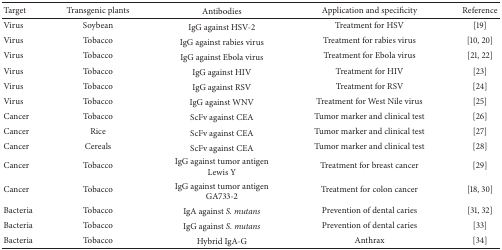
<table><thead><tr><td><b>Target</b></td><td><b>Transgenic plants</b></td><td><b>Antibodies</b></td><td><b>Application and specificity</b></td><td><b>Reference</b></td></tr></thead><tbody><tr><td>Virus</td><td>Soybean</td><td>IgG against HSV-2</td><td>Treatment for HSV</td><td>[19]</td></tr><tr><td>Virus</td><td>Tobacco</td><td>IgG against rabies virus</td><td>Treatment for rabies virus</td><td>[10, 20]</td></tr><tr><td>Virus</td><td>Tobacco</td><td>IgG against Ebola virus</td><td>Treatment for Ebola virus</td><td>[21, 22]</td></tr><tr><td>Virus</td><td>Tobacco</td><td>IgG against HIV</td><td>Treatment for HIV</td><td>[23] </td></tr><tr><td>Virus</td><td>Tobacco</td><td>IgG against RSV</td><td>Treatment for RSV</td><td>[24] </td></tr><tr><td>Virus</td><td>Tobacco</td><td>IgG against WNV</td><td>Treatment for West Nile virus</td><td>[25]</td></tr><tr><td>Cancer</td><td>Tobacco</td><td>ScFv against CEA </td><td>Tumor marker and clinical test</td><td>[26]</td></tr><tr><td>Cancer</td><td>Rice</td><td>ScFv against CEA </td><td>Tumor marker and clinical test</td><td>[27]</td></tr><tr><td>Cancer</td><td>Cereals</td><td>ScFv against CEA</td><td>Tumor marker and clinical test </td><td>[28]</td></tr><tr><td>Cancer</td><td>Tobacco</td><td>IgG against tumor antigen Lewis Y</td><td>Treatment for breast cancer</td><td>[29]</td></tr><tr><td>Cancer</td><td>Tobacco</td><td>IgG against tumor antigen GA733-2</td><td>Treatment for colon cancer </td><td>[18, 30]</td></tr><tr><td>Bacteria</td><td>Tobacco</td><td>IgA against <i>S. mutans</i></td><td>Prevention of dental caries</td><td>[31, 32] </td></tr><tr><td>Bacteria</td><td>Tobacco</td><td>IgG against <i>S. mutans</i></td><td>Prevention of dental caries</td><td>[33]</td></tr><tr><td>Bacteria</td><td>Tobacco</td><td>Hybrid IgA-G</td><td>Anthrax</td><td>[34]</td></tr></tbody></table>